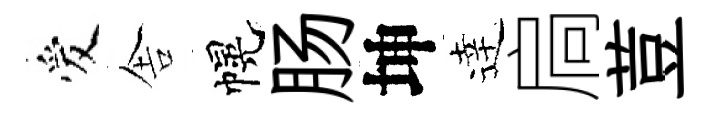
爱舎幌肠坤逹扃荳